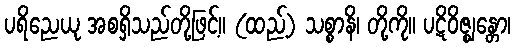
ပရိညေယု အစရှိသည်တို့ဖြင့်။ (ထည့်) သစ္စာနိ၊ တို့ကို။ ပဋိဝိဇ္ဈန္တော၊